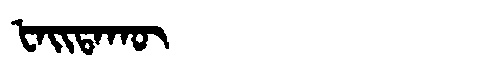
Manchu: ᡶᠠᡳᡨᠠᡴᡡ
Romanization: FAITAKŪ